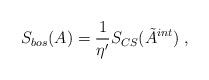
LaTeX: \begin{align*}S_{bos}(A)=\frac 1{\eta ^{\prime }}S_{CS}(\tilde{A}^{int})\;,\end{align*}